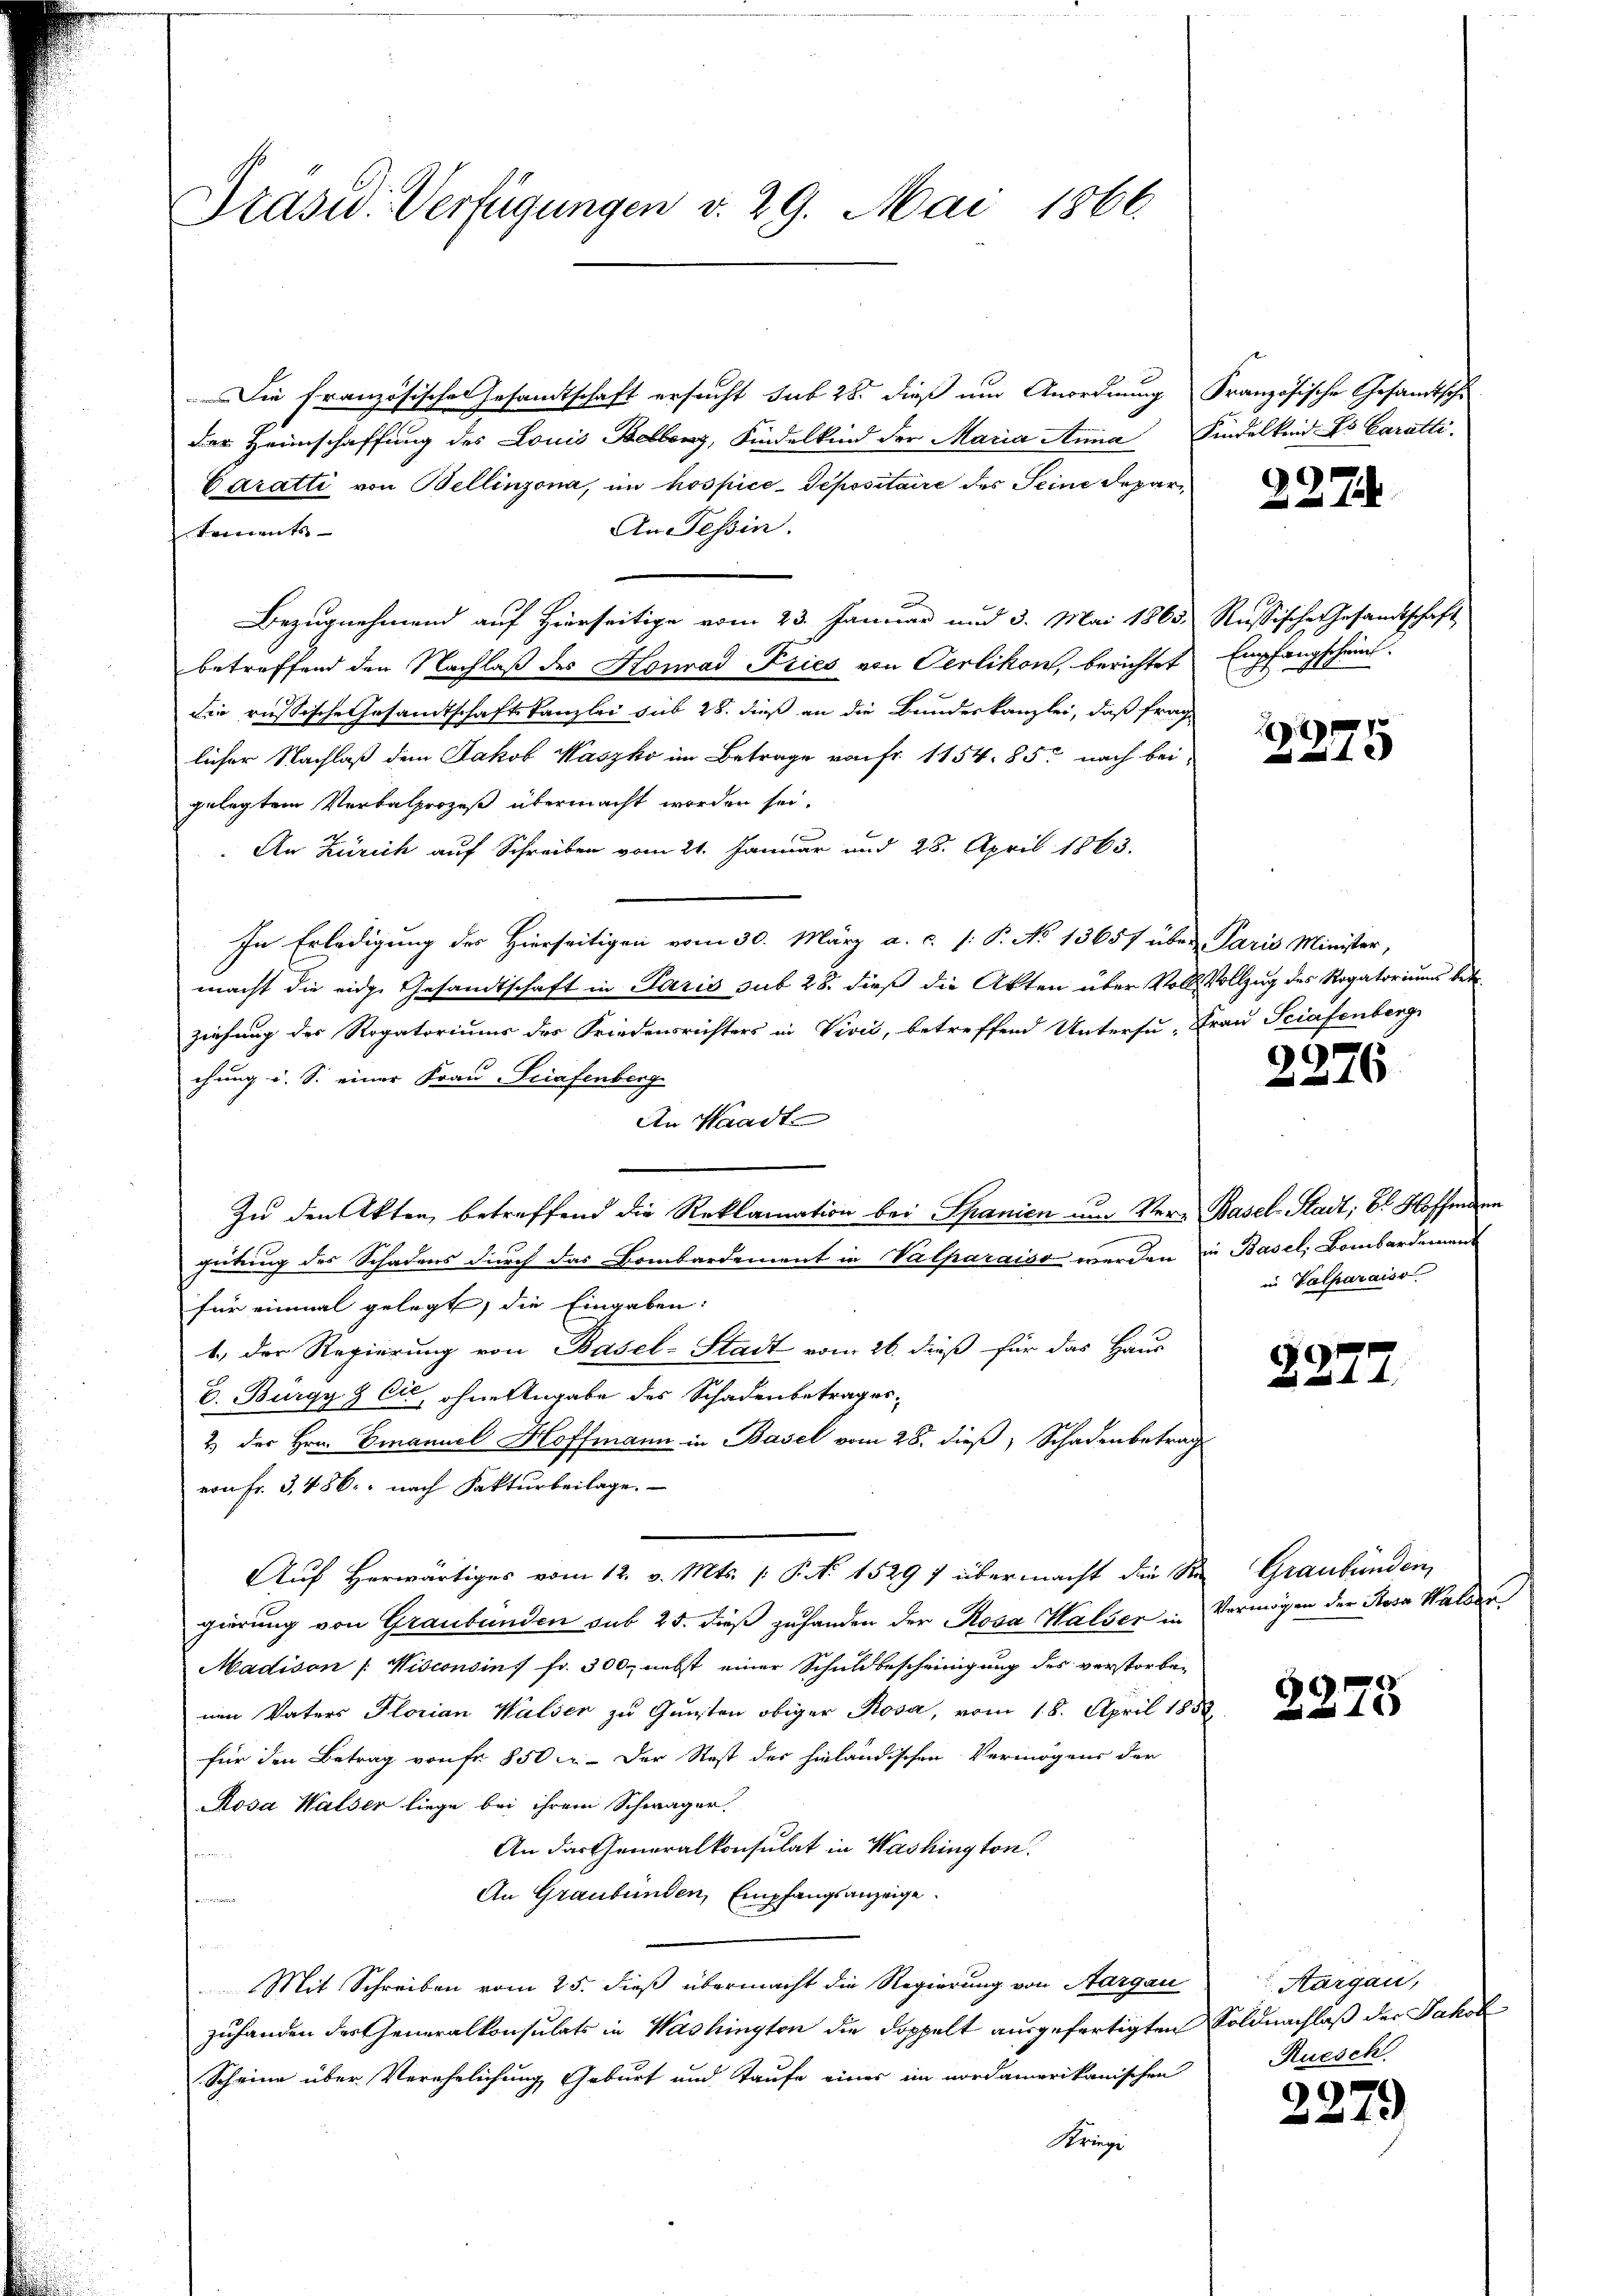
Präsid. Verfügungen v. 29. Mai 1866.

Die Französischen Gesandtschaft ersucht sub 28. dieß um Anordnung Französische Gesandtsche
der Heimschaffung des Louis Bellenz, Kindelkind der Maria Anna
Caratti von Bellinzona, im hospice-Sepositaire des Seine Depar¬
An Tessin.
tements
Bezugnehmend auf Hierseitige vom 23. Januar und 3. Mai 1863. Russische Gesandtschaft,
betreffend den Nachlaß des Honrad Fries von Oerlikon, berichtet Empfangscheint.
die russische Gesandtschaftskanzlei sub 28. dieß an die Bundeskanzlei, daß frag
licher Nachlaß dem Jakob Waszko im Betrage von Fr. 1154. 85. nach bei
gelegtem Verbalprozeß übermacht worden sei.
An Zürich auf Schreiben vom 21. Januar und 28. April 1863.
In Erledigung des Hierseitigen vom 30. März a. c. (: P. No 13657 über Paris Minister,
macht die eidge Gesandtschaft in Paris sub 28. dieß die Akten über Voll Vollzug des Rogatoriums betr.
ziehung des Rogatoriums des Friedensrichters in Vivić, betreffend Untersu- Frau Sciafenberg
chung i. S. einer Frau-Seiafenberg
An Waadt
Zu den Akten, betreffend die Reklamation bei Spanien um Ver- Basel-Stadt, Bl. Hoffmann
gütung des Schadens durch das Bombardement in Valparaiso werden in Basel, Bombardement
für einmal gelegt, die Eingaben.
1.) Der Regierung von Basel-Stadt vom 26. dieß für das Haus
b. Bürgy & Cie, ohne Angabe des Schadenbetrages
2.) der Hrn. Emanuel Hoffmann in Basel vom 28. dieß, Schadenbetrag
von Fr. 3, 486. nach Fakturbeilage.
Auf Herwärtiges vom 12. v. Mts. P. No 1529 f übermacht die St. Graubünden,
gierung von Graubünden sub 25. dieß zufanden der Rosa Halser in Vermögen der Stosa Walder
Madison /: Wisconsin fr. 300 nebst einer Schuldbescheinigung des verstorbenen Vaters Plorian Walser zu Gunsten obiger Rosa, vom 18. April 1858.
für den Betrag von fr. 850 u. - Der Rest des hinländischen Vermögens der
Rosa Walser liege bei ihrem Schwager.
An das Generalkonsulat in Washington.
An Graubünden, Empfangsanzeige.
Mit Schreiben vom 25. dieß übermacht die Regierung von Aargau
zuhanden des Generalkonsulats in Washingten die Doppelt ausgefertigten Soldnachlaß der Jakob¬
Scheine über Verehelichung Geburt und Taufe einer im nordamerikanischen Ruesch
Kriege

Kindelkeid. Es Caratti.

227

14
4 x

2276

in Valparaiso

9

2275

Aargau,

3279